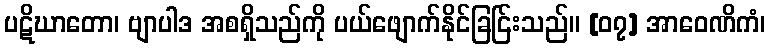
ပဋိဃာတော၊ ဗျာပါဒ အစရှိသည်ကို ပယ်ဖျောက်နိုင်ခြင်ြးသည်။ [၀၇] အာဝေဏိကံ၊